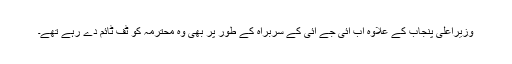
وزیراعلیٰ پنجاب کے علاوہ اب آئی جے آئی کے سربراہ کے طور پر بھی وہ محترمہ کو ٹف ٹائم دے رہے تھے۔